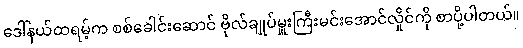
ဒေါ်နယ်ထရမ့်က စစ်ခေါင်းဆောင် ဗိုလ်ချုပ်မှူးကြီးမင်းအောင်လှိုင်ကို စာပို့ပါတယ်။